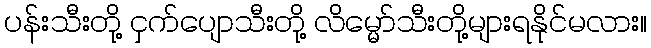
ပန်းသီးတို့ ငှက်ပျောသီးတို့ လိမ္မော်သီးတို့များရနိုင်မလား။